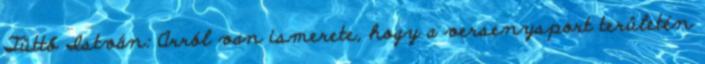
Tüttő István: Arról van ismerete, hogy a versenysport területén